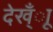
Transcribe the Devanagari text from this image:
देख्ँाू